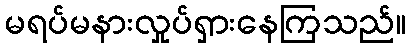
မရပ်မနားလှုပ်ရှားနေကြသည်။